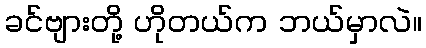
ခင်ဗျားတို့ ဟိုတယ်က ဘယ်မှာလဲ။